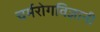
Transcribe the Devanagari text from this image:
चर्मरोगविज्ञानी